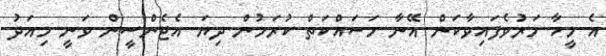
އެ މީހާ މަރުވެފައިވާކަން އޭނާ މަސައްކަތް ކުރަމުން ދިޔަ އެޖެންސީން ވަނީ މިއަދު